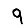
Digit: 9